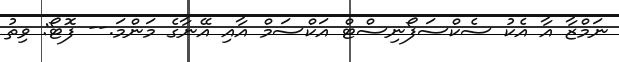
ނަމްޒާ އާ އެކު ސެކްސަފޯނިސްޓް އަކްސަމް އާއި އޭނާގެ މަންމަ.-- ފޮޓޯ: ވިތު